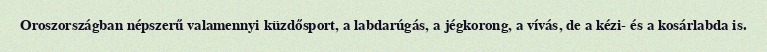
Oroszországban népszerű valamennyi küzdősport, a labdarúgás, a jégkorong, a vívás, de a kézi- és a kosárlabda is.